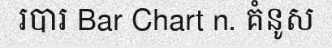
របារ Bar Chart n. គំនូស